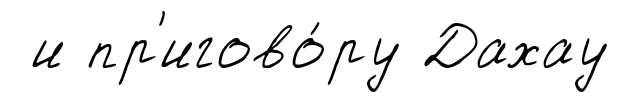
и пр'игово́ру Дахау